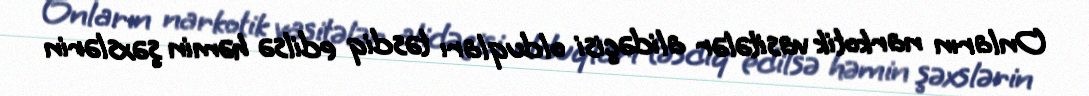
Onların narkotik vasitələr alidəçisi olduqları təsdiq edilsə həmin şəxslərin